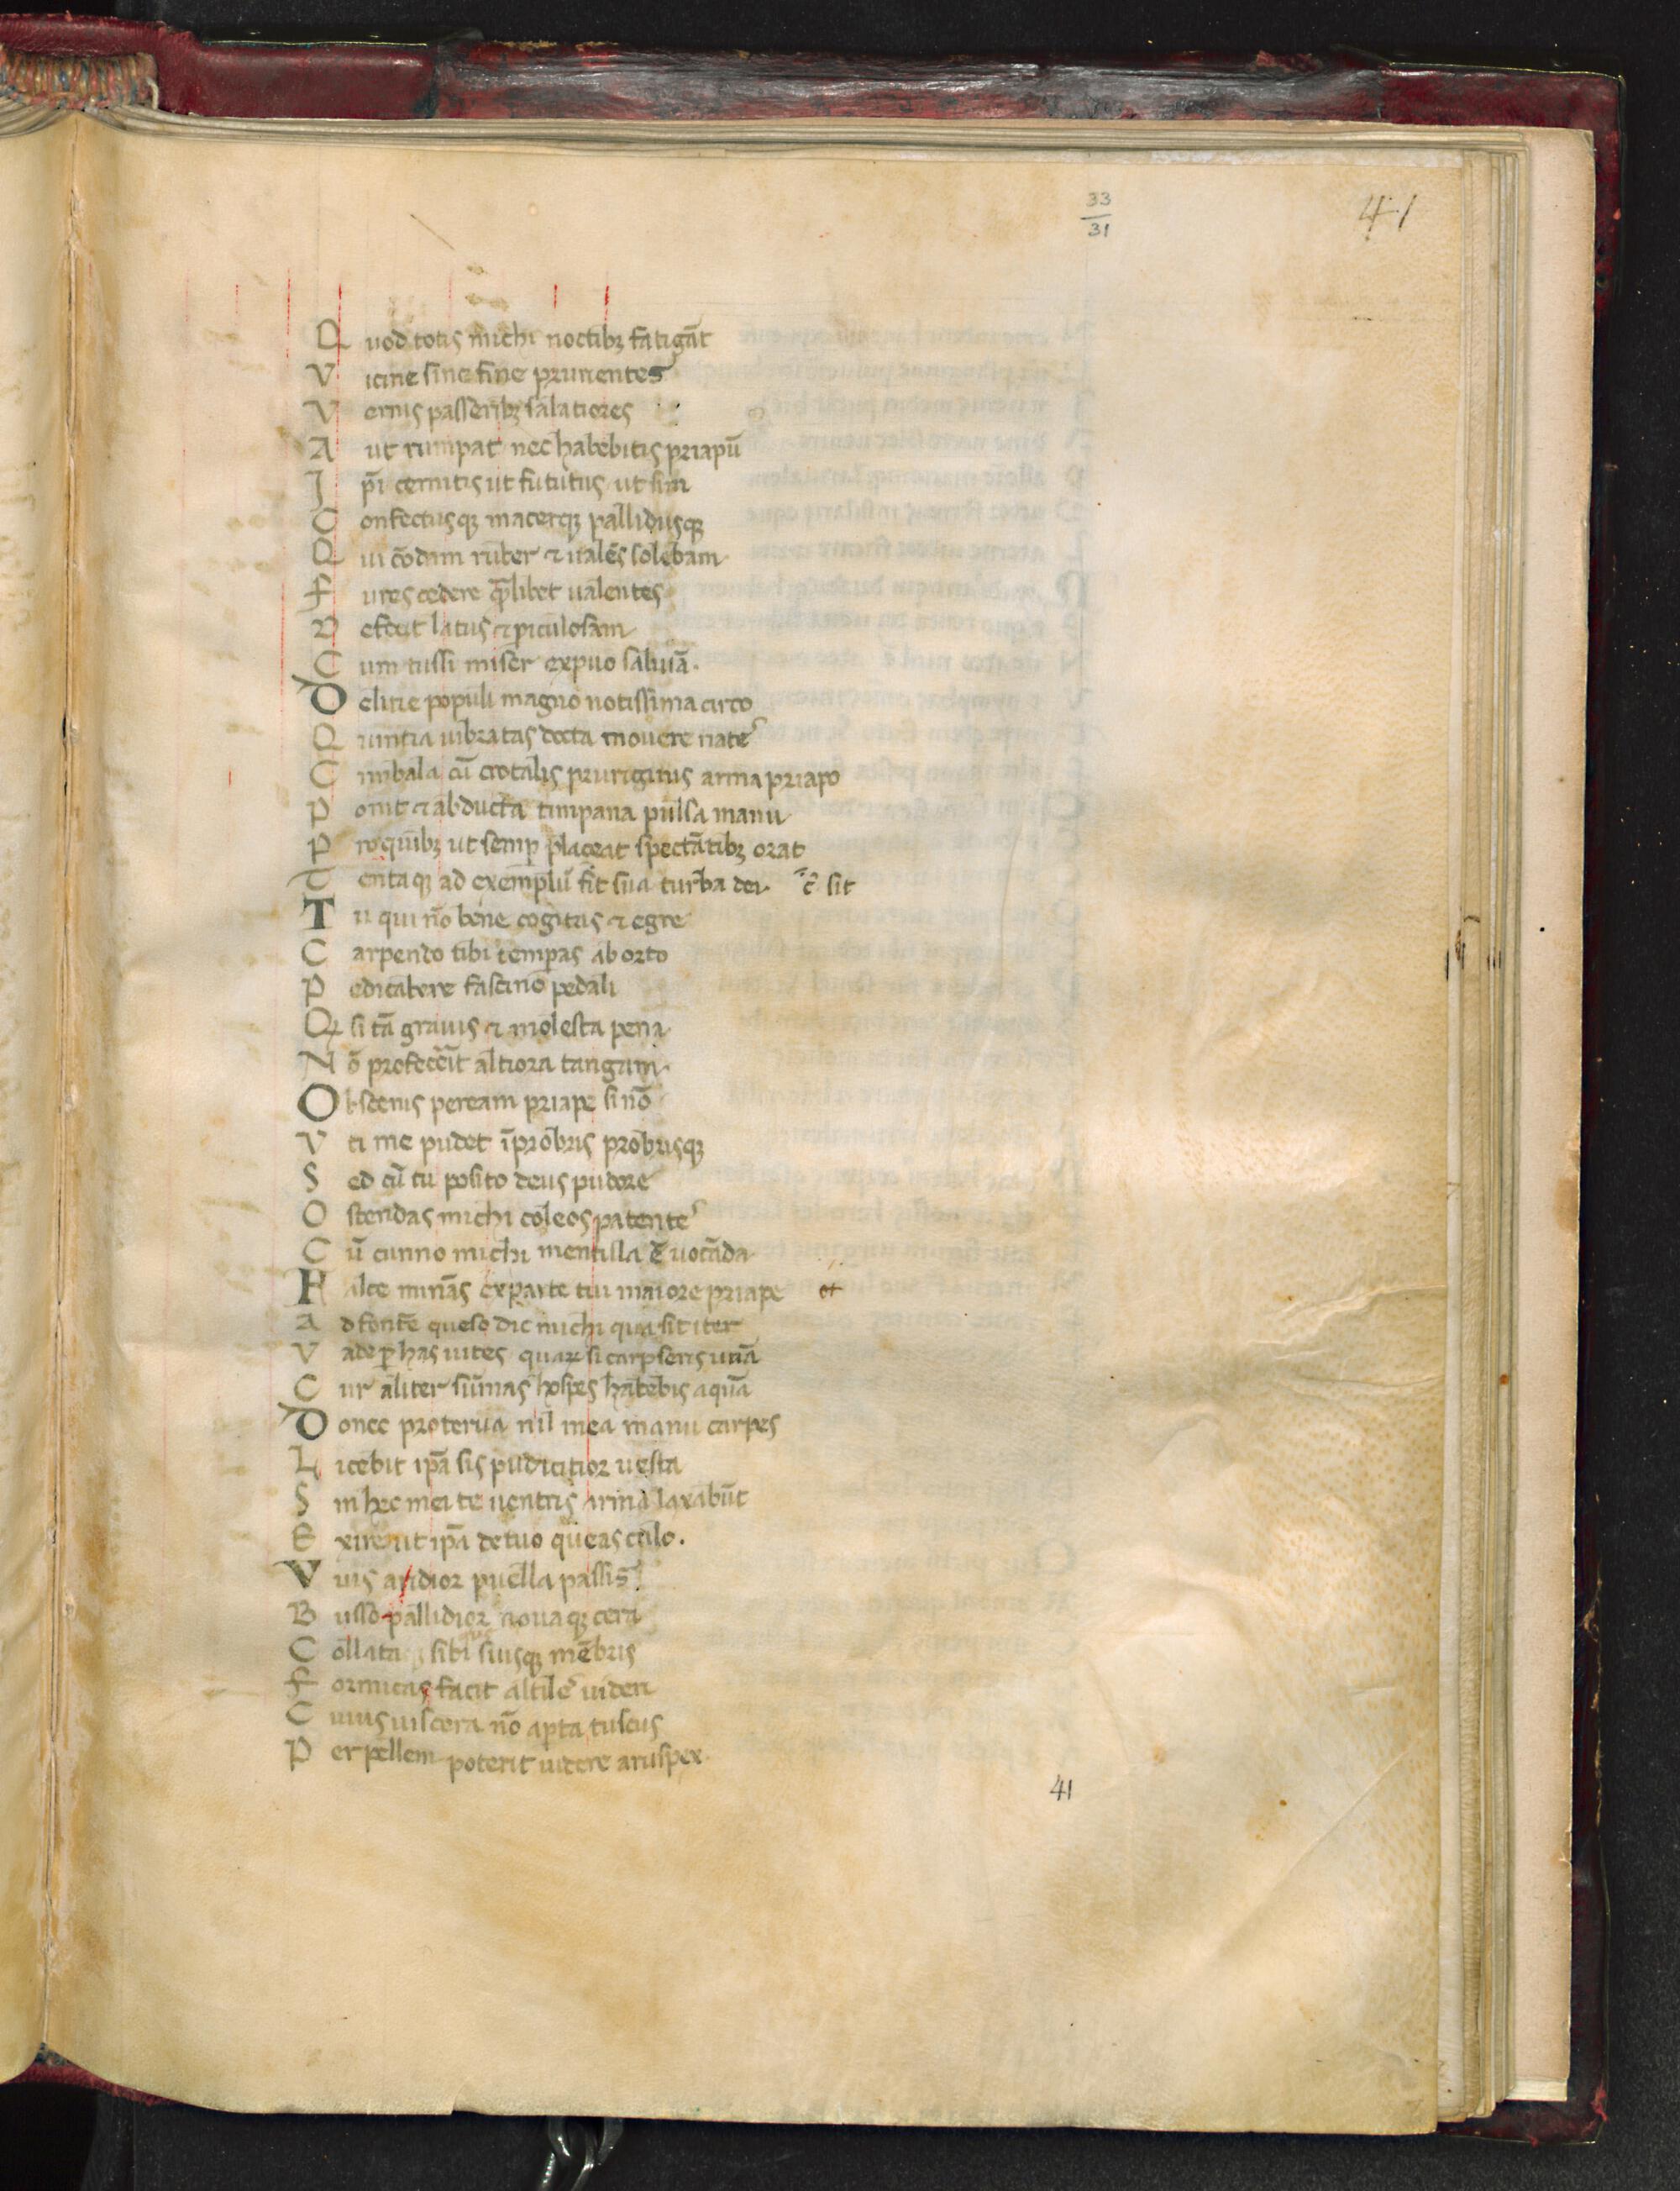
Shelfmark: Florence, Biblioteca Medicea Laurenziana, Laur. Plut. 33.31
Century: 14